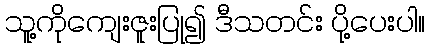
သူ့ကိုကျေးဇူးပြု၍ ဒီသတင်း ပို့ပေးပါ။